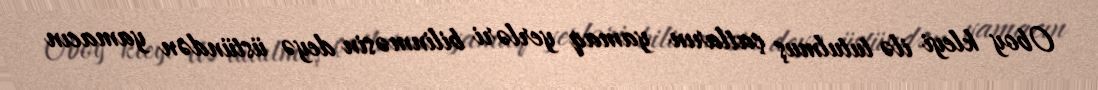
Oboy kleyi ilə tutulmuş çatların yamaq yerləri bilinməsin deyə üstündən yamacın